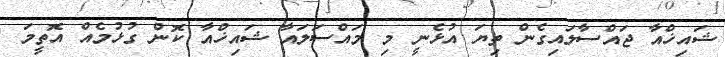
ޝައިޚްއާ ޖައްސާލައިގެން ތިޔަ އުޅެނީ މި މައްސަލައާ ޝައިޚްއާ ކޮން ގުޅުމެއް އޮތީމަ